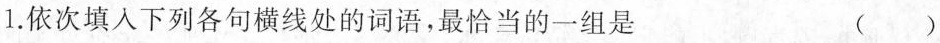
1.依次填入下列各句横线处的词语，最恰当的一组是 ( )